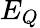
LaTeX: E_{Q}